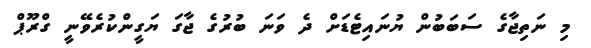
މި ނަތިޖާގެ ސަބަބުން ޔުނައިޓެޑަށް ދެ ވަނަ ބުރުގެ ޖާގަ ޔަގީންކުރެވޭނީ ގްރޫޕް